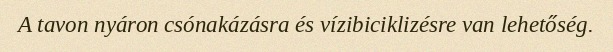
A tavon nyáron csónakázásra és vízibiciklizésre van lehetőség.